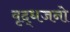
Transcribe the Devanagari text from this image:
वृद्धजनो